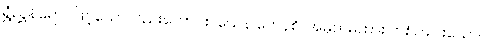
ရွှံညွှန်ရောင်ဖြင့်သော်လည်းကောင်း။ ယေန ကေနစိ၊ အမှတ်မထား တစ်ပါးပါးသော။